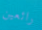
رائعين